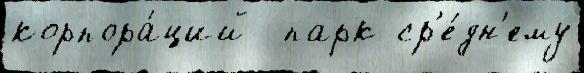
корпора́ций  парк ср'е́дн'ему